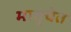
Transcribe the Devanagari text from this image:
मातृचेत